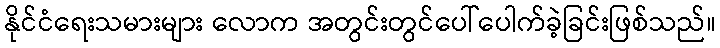
နိုင်ငံရေးသမားများ လောက အတွင်းတွင်ပေါ်ပေါက်ခဲ့ခြင်းဖြစ်သည်။